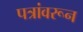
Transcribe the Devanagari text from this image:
पत्रांवरून